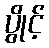
ပွိုင့်